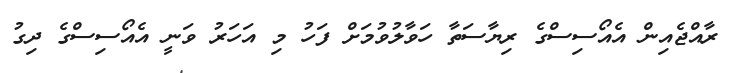
ރާއްޖެއިން އެއޯސިސްގެ ރިޔާސަތާ ހަވާލުވުމަށް ފަހު މި އަހަރު ވަނީ އެއޯސިސްގެ ދިގު